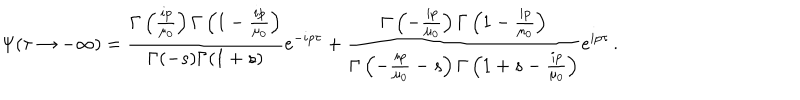
\Psi ( \tau \to - \infty ) = \frac { \Gamma \left( \frac { i p } { \mu _ { 0 } } \right) \Gamma \left( 1 - \frac { i p } { \mu _ { 0 } } \right) } { \Gamma ( - s ) \Gamma ( 1 + s ) } e ^ { - i p \tau } + \frac { \Gamma \left( - \frac { i p } { \mu _ { 0 } } \right) \Gamma \left( 1 - \frac { i p } { \mu _ { 0 } } \right) } { \Gamma \left( - \frac { i p } { \mu _ { 0 } } - s \right) \Gamma \left( 1 + s - \frac { i p } { \mu _ { 0 } } \right) } e ^ { i p \tau } \, .